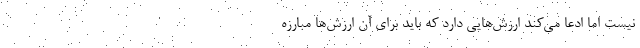
نيست اما ادعا مي‌كند ارزش‌هايي دارد كه بايد براي آن ارزش‌ها مبارزه